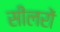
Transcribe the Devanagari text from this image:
सीलरों